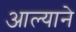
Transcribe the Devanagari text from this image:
आल्‍याने